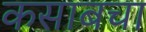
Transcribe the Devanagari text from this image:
कसाबचा